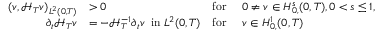
\begin{array} { r l r l } { ( v , { \mathcal { H } } _ { T } v ) _ { L ^ { 2 } ( 0 , T ) } } & { > 0 } & { \mathrm { f o r ~ } } & { 0 \neq v \in H _ { 0 , } ^ { s } ( 0 , T ) , 0 < s \leq 1 , } \\ { \partial _ { t } { \mathcal { H } } _ { T } v } & { = - { \mathcal { H } } _ { T } ^ { - 1 } \partial _ { t } v \, \mathrm { ~ i n ~ } L ^ { 2 } ( 0 , T ) } & { \mathrm { f o r ~ } } & { v \in H _ { 0 , } ^ { 1 } ( 0 , T ) } \end{array}